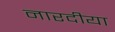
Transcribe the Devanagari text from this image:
नारदीया